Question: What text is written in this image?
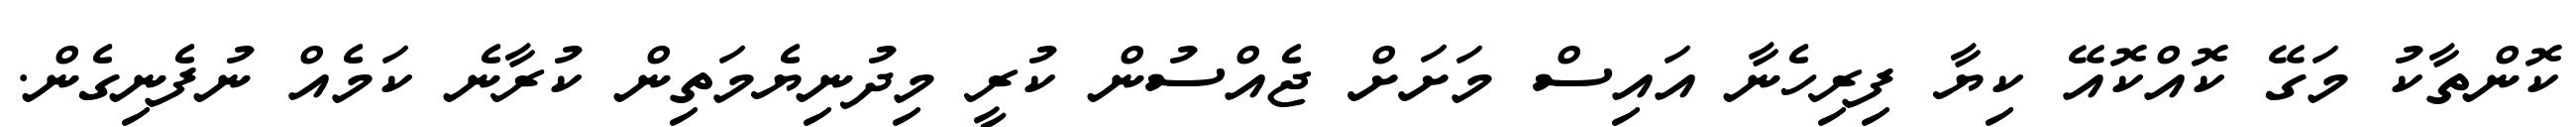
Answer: ކޮންތާކު މަގޭ ކޮއްކޮއޭ ކިޔާ ފިރިހެނާ އައިސް މަށަށް ޖެއްސުން ކުރީ މިދުނިޔެމަތިން ކުރާނެ ކަމެއް ނުފެނިގެން.